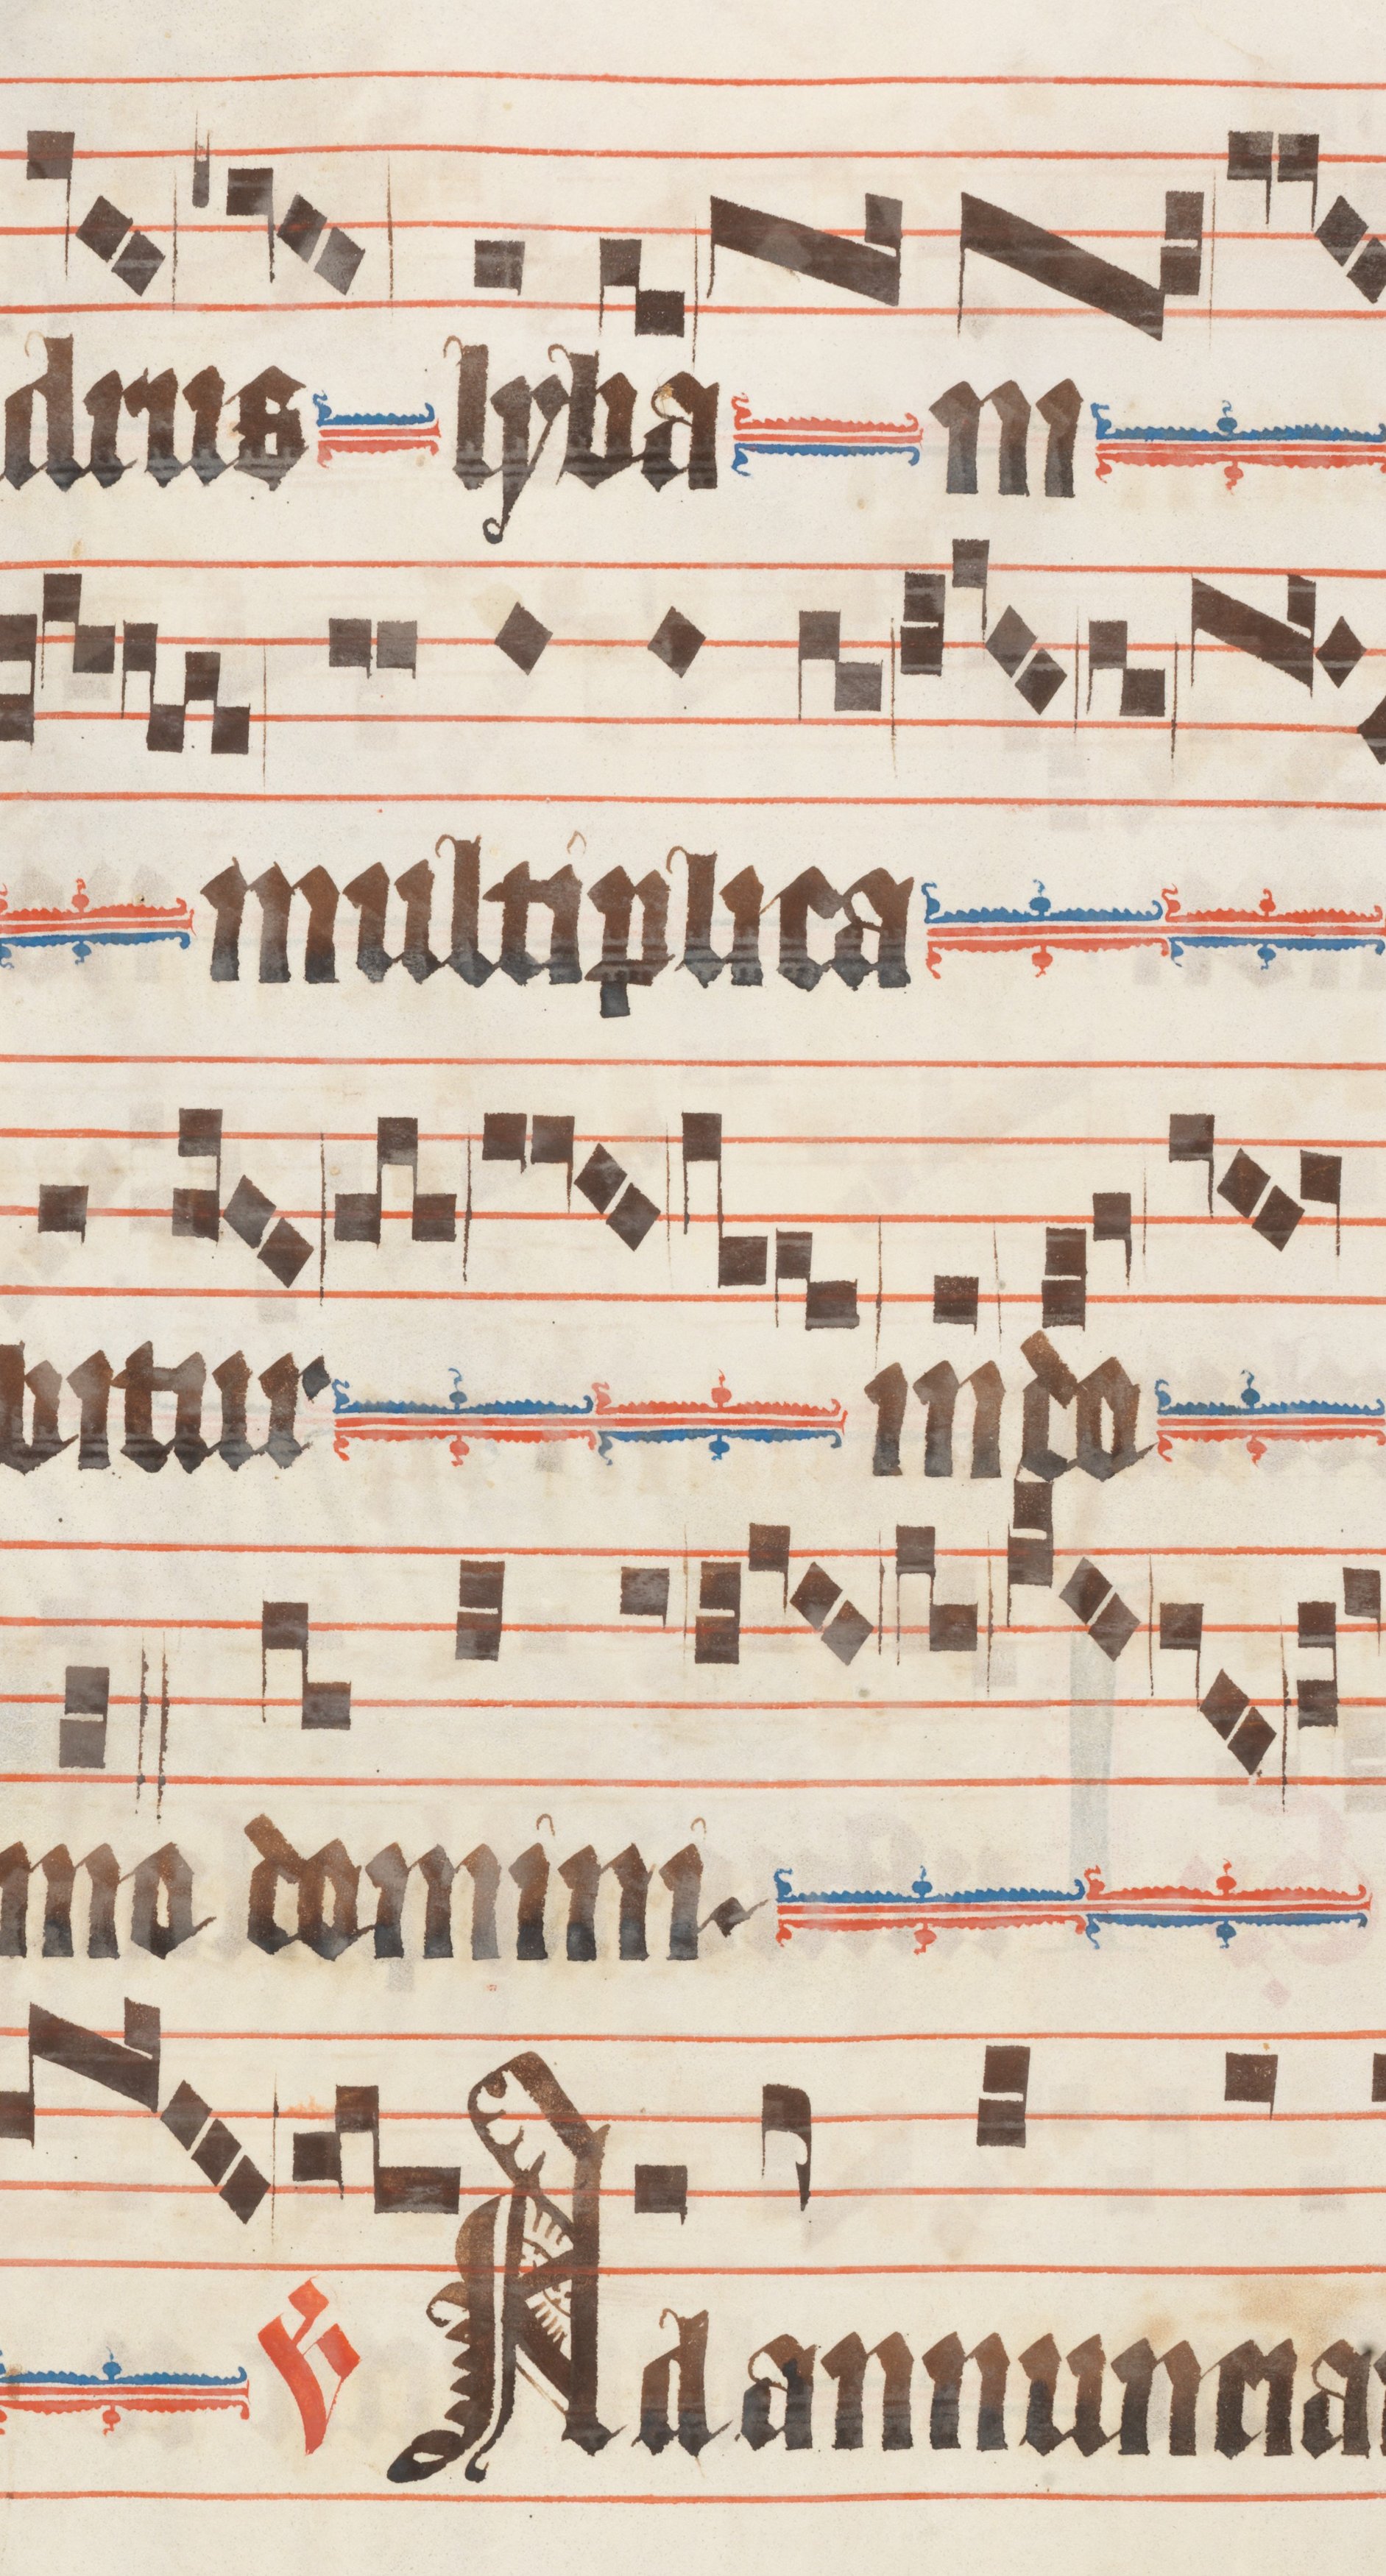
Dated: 1330–1335